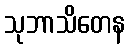
သုဘာသိတေန